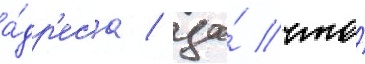
а́др'еса / за́ что́